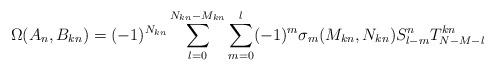
LaTeX: \begin{align*}\Omega(A_{n},B_{kn})=(-1)^{N_{kn}}\sum\limits^{N_{kn}-M_{kn}}_{l=0}\sum\limits^{l}_{m=0}(-1)^{m}\sigma_{m}(M_{kn},N_{kn})S_{l-m}^{n}T_{N-M-l}^{kn}\end{align*}